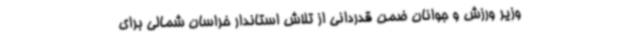
وزیر ورزش و جوانان ضمن قدردانی از تلاش استاندار خراسان شمالی برای